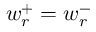
w _ { r } ^ { + } = w _ { r } ^ { - }